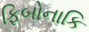
ફિબોનાકિ